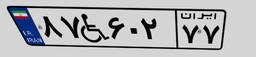
۸۷W۶۰۲۷۷